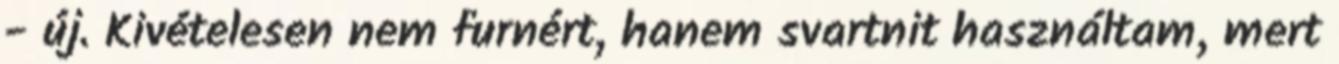
- új. Kivételesen nem furnért, hanem svartnit használtam, mert